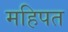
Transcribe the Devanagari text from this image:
महिपत